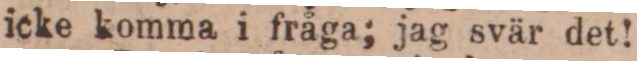
icke komma i fråga; jag svär det!